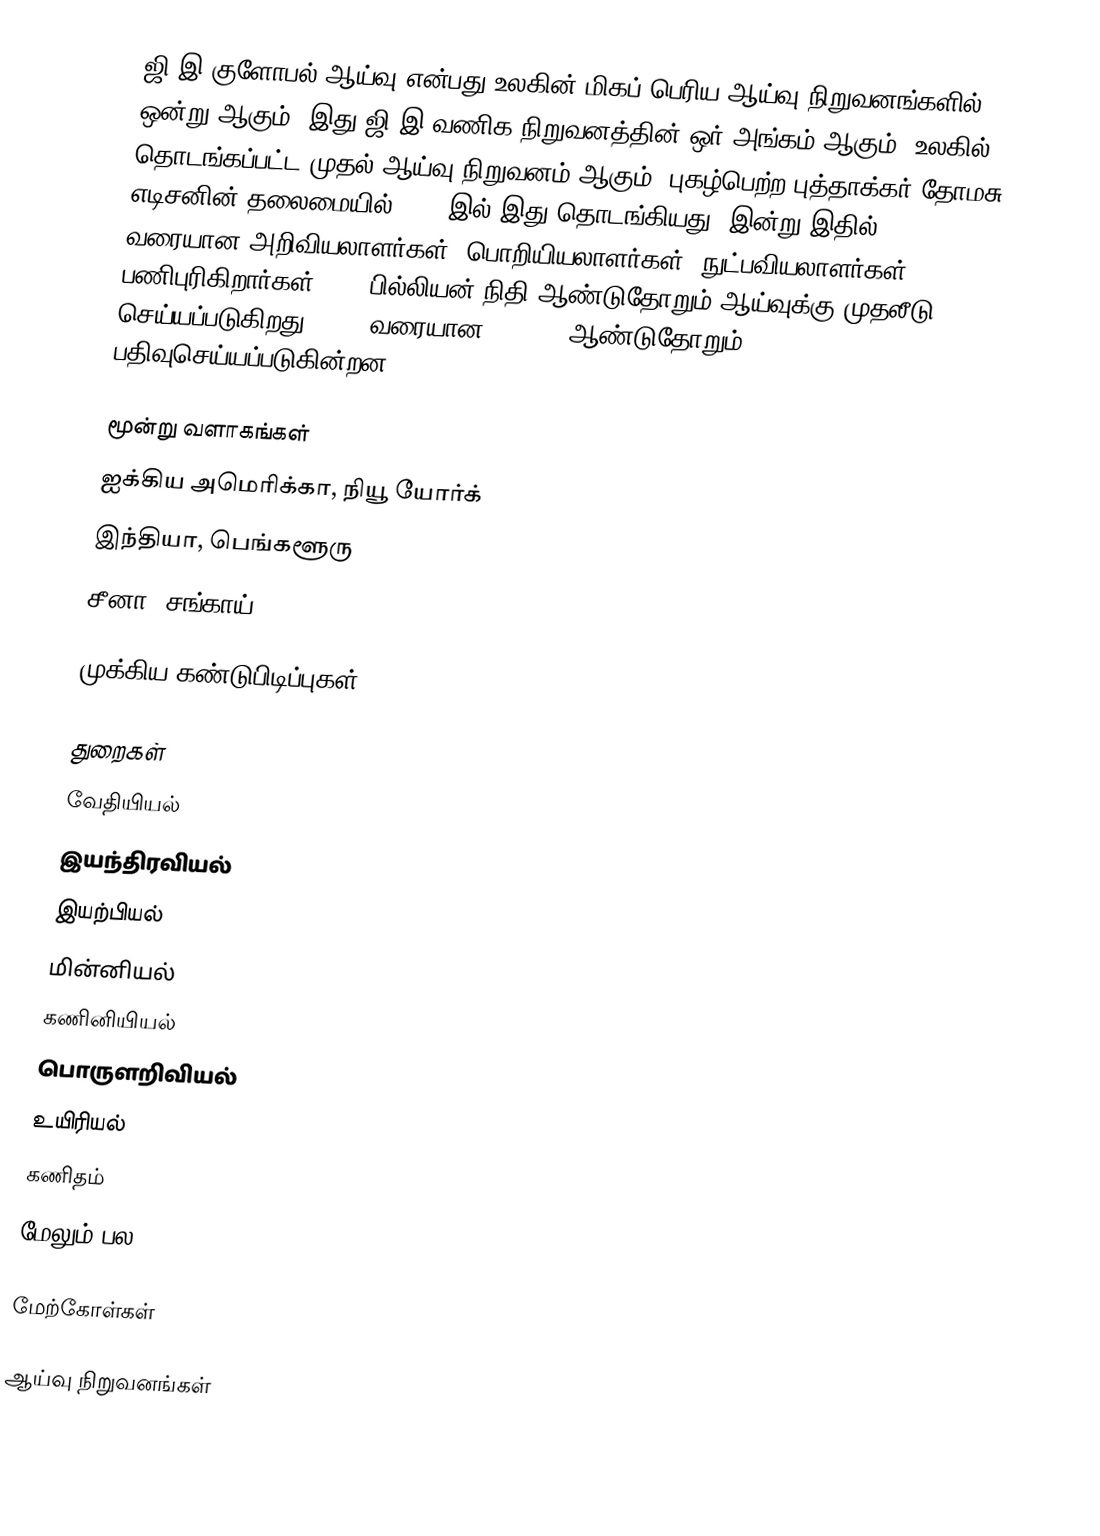
ஜி.இ குளோபல் ஆய்வு என்பது உலகின் மிகப் பெரிய ஆய்வு நிறுவனங்களில் ஒன்று ஆகும்.  இது ஜி.இ வணிக நிறுவனத்தின் ஒர் அங்கம் ஆகும்.  உலகில் தொடங்கப்பட்ட முதல் ஆய்வு நிறுவனம் ஆகும்.  புகழ்பெற்ற புத்தாக்கர் தோமசு எடிசனின் தலைமையில் 1900 இல் இது தொடங்கியது.  இன்று இதில் 15000 வரையான அறிவியலாளர்கள், பொறியியலாளர்கள், நுட்பவியலாளர்கள் பணிபுரிகிறார்கள்.  2.6 பில்லியன் நிதி ஆண்டுதோறும் ஆய்வுக்கு முதலீடு செய்யப்படுகிறது.  1000 வரையான patents ஆண்டுதோறும் பதிவுசெய்யப்படுகின்றன.

மூன்று வளாகங்கள்
 ஐக்கிய அமெரிக்கா, நியூ யோர்க்
 இந்தியா, பெங்களூரு
 சீனா, சங்காய்

முக்கிய கண்டுபிடிப்புகள்

துறைகள்
 வேதியியல்
 இயந்திரவியல்
 இயற்பியல்
 மின்னியல்
 கணினியியல்
 பொருளறிவியல்
 உயிரியல்
 கணிதம்
 மேலும் பல

மேற்கோள்கள்

ஆய்வு நிறுவனங்கள்